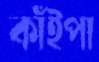
কাঁইপা